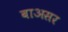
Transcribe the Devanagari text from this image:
बाअसर